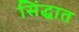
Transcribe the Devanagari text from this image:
सिंद्धात